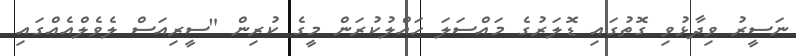
ނަސީރު ވިދާޅުވި ގޮތުގައި ޑޮލަރުގެ މައްސަލަ ހައްލުކުރަން މީގެ ކުރިން "ސީރިއަސް ލެވެލްއެއްގައި